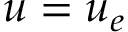
\boldsymbol { u } = \boldsymbol { u } _ { e }